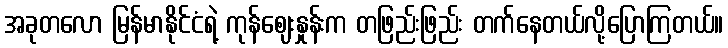
အခုတလော မြန်မာနိုင်ငံရဲ့ ကုန်ဈေးနှုန်းက တဖြည်းဖြည်း တက်နေတယ်လို့ပြောကြတယ်။